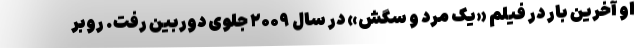
او آخرین بار در فیلم «یک مرد و سگش» در سال ۲۰۰۹ جلوی دوربین رفت. روبر